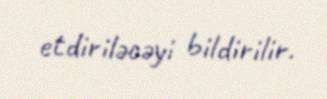
etdiriləcəyi bildirilir.